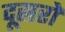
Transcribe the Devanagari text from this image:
दूस्ररों